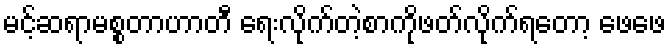
မင့်ဆရာမစ္စတာဟာတီ ရေးလိုက်တဲ့စာကိုဖတ်လိုက်ရတော့ ဖေဖေ